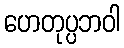
ဟေတုပ္ပဘဝါ